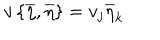
LaTeX: v \left\{ \overline { { { \eta } } } , \overline { { { \eta } } } \right\} = v _ { j } \overline { { { \eta } } } _ { k }